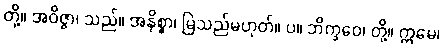
တို့။ အဝိဇ္ဇာ၊ သည်။ အနိစ္စာ၊ မြဲသည်မဟုတ်။ ပ။ ဘိက္ခဝေ၊ တို့။ ဣမေ၊